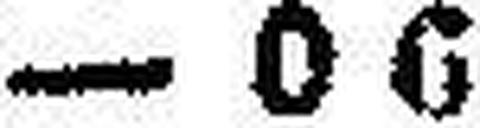
– 0 6